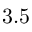
3 . 5